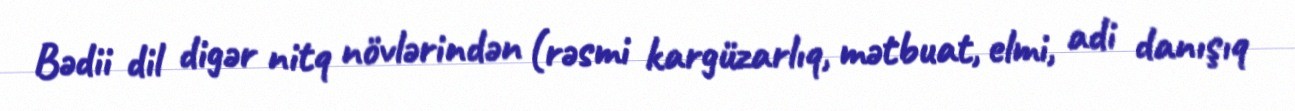
Bədii dil digər nitq növlərindən (rəsmi kargüzarlıq, mətbuat, elmi, adi danışıq